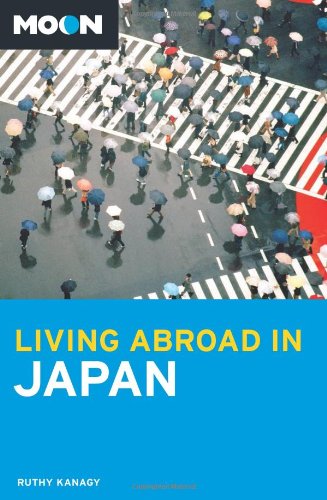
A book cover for Moon Living Abroad in Japan; Ruth Kanagy; Travel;